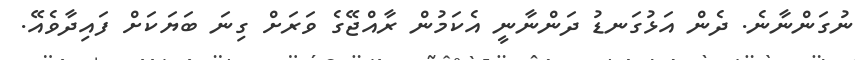
ނުގަންނާނެ. ދެން އަޅުގަނޑު ދަންނާނީ އެކަމުން ރާއްޖޭގެ ވަަރަށް ގިނަ ބަޔަކަށް ފައިދާވެއޭ.